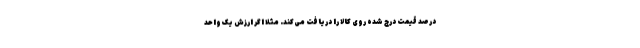
درصد قیمت درج شده روی کالا را دریافت می‌کند. مثلا اگر ارزش یک واحد